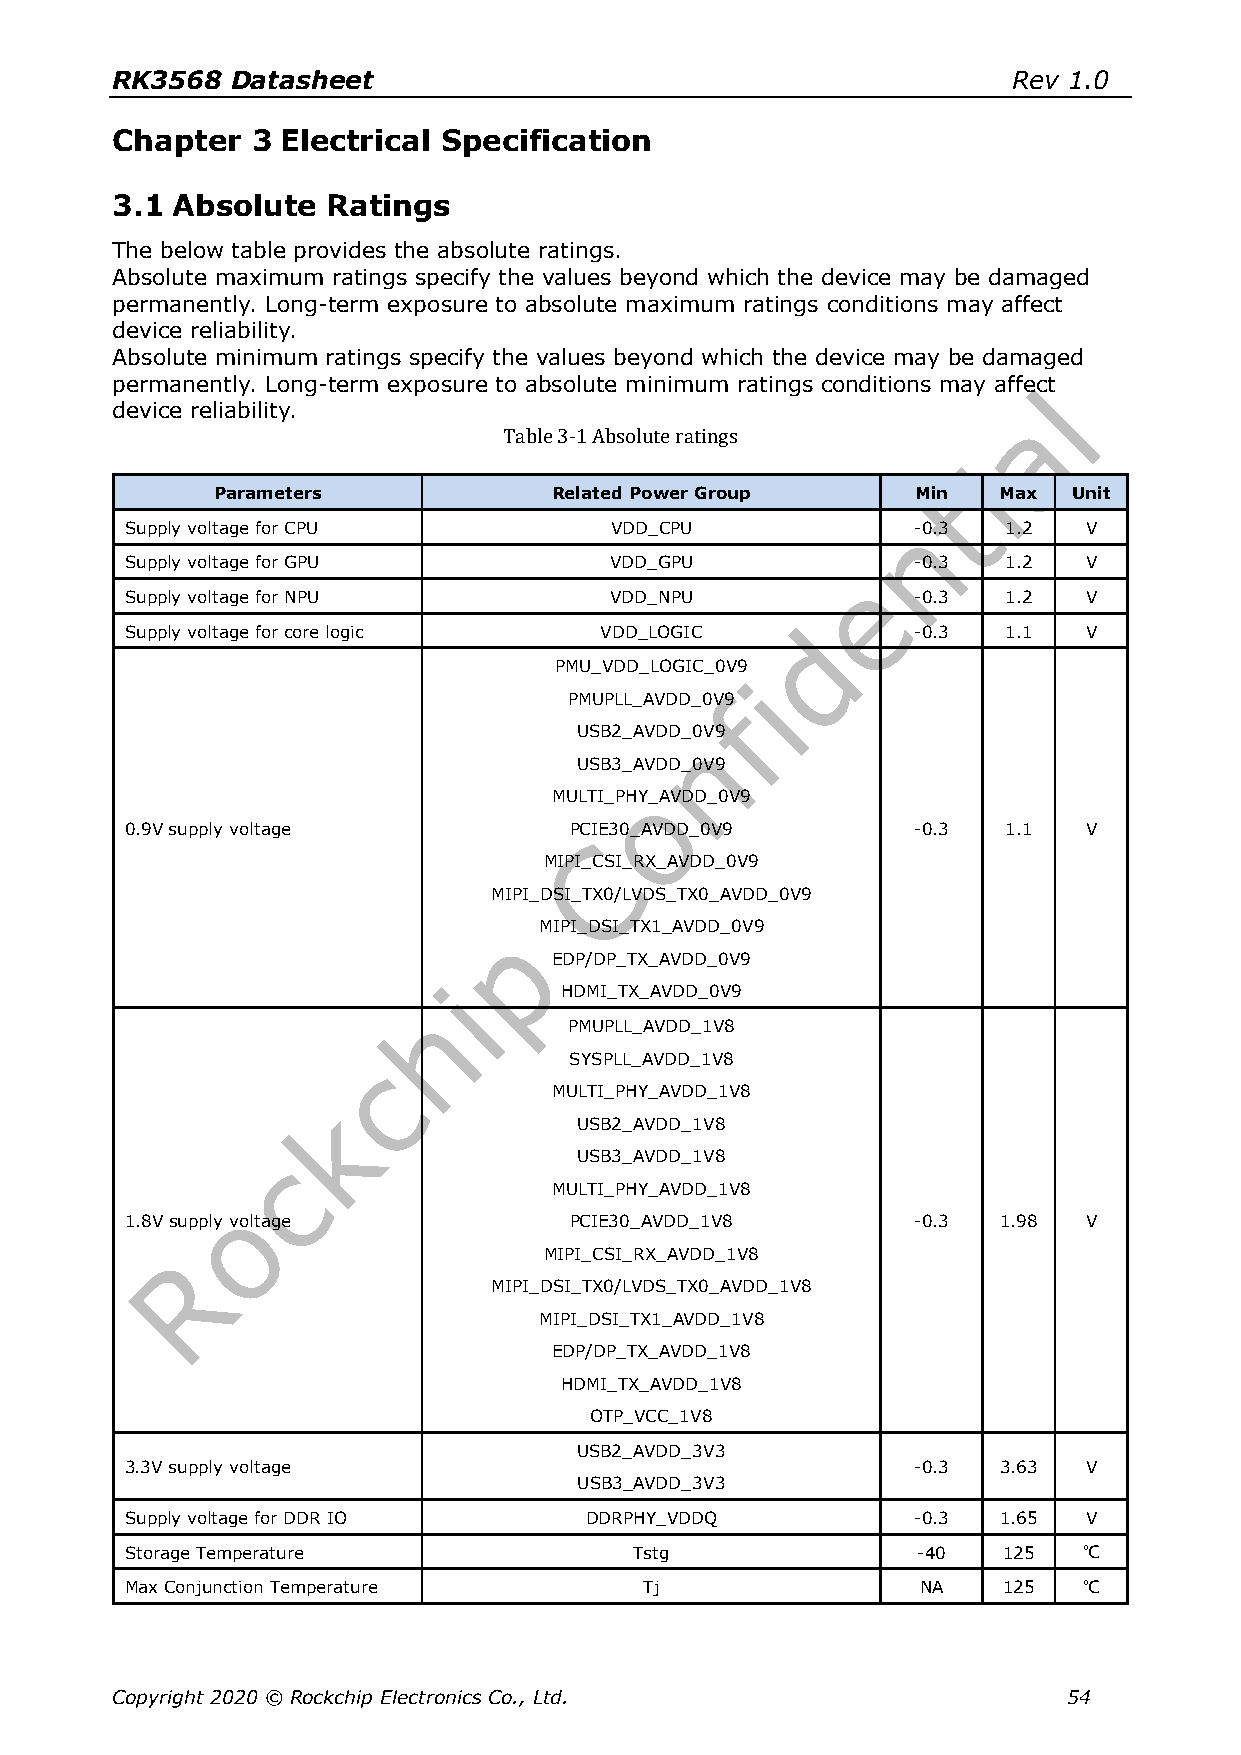
RK3568  Datasheet                                           Rev 1.0
 Chapter   3 Electrical Specification
 3.1 Absolute   Ratings
 The below table provides the absolute ratings.
 Absolute maximum ratings specify the values beyond which the device may be damaged
 permanently. Long-term exposure to absolute maximum ratings conditions may affect
 device reliability.
 Absolute minimum ratings specify the values beyond which the device may be damaged
 permanently. Long-term exposure to absolute minimum ratings conditions may affect
 device reliability.
 Table 3-1 Absolute ratings
 Parameters             Related Power Group     Min  Max  Unit
 Supply voltage for CPU          VDD_CPU             -0.3  1.2   V
 Supply voltage for GPU          VDD_GPU             -0.3  1.2   V
 Supply voltage for NPU          VDD_NPU             -0.3  1.2   V
 Supply voltage for core logic   VDD_LOGIC           -0.3  1.1   V
 PMU_VDD_LOGIC_0V9
 PMUPLL_AVDD_0V9
 USB2_AVDD_0V9
 USB3_AVDD_0V9
 MULTI_PHY_AVDD_0V9
 0.9V supply voltage           PCIE30_AVDD_0V9       -0.3  1.1   V
 MIPI_CSI_RX_AVDD_0V9
 MIPI_DSI_TX0/LVDS_TX0_AVDD_0V9
 MIPI_DSI_TX1_AVDD_0V9
 EDP/DP_TX_AVDD_0V9
 HDMI_TX_AVDD_0V9
 PMUPLL_AVDD_1V8
 SYSPLL_AVDD_1V8
 MULTI_PHY_AVDD_1V8
 USB2_AVDD_1V8
 USB3_AVDD_1V8
 MULTI_PHY_AVDD_1V8
 1.8V supply voltage           PCIE30_AVDD_1V8       -0.3  1.98  V
 MIPI_CSI_RX_AVDD_1V8
 MIPI_DSI_TX0/LVDS_TX0_AVDD_1V8
 MIPI_DSI_TX1_AVDD_1V8
 EDP/DP_TX_AVDD_1V8
 HDMI_TX_AVDD_1V8
 OTP_VCC_1V8
 USB2_AVDD_3V3
 3.3V supply voltage                                 -0.3  3.63  V
 USB3_AVDD_3V3
 Supply voltage for DDR IO      DDRPHY_VDDQ          -0.3  1.65  V
 Storage Temperature               Tstg               -40  125   ℃
 Max Conjunction Temperature        Tj                NA   125   ℃
 Copyright 2020 © Rockchip Electronics Co., Ltd.                 54